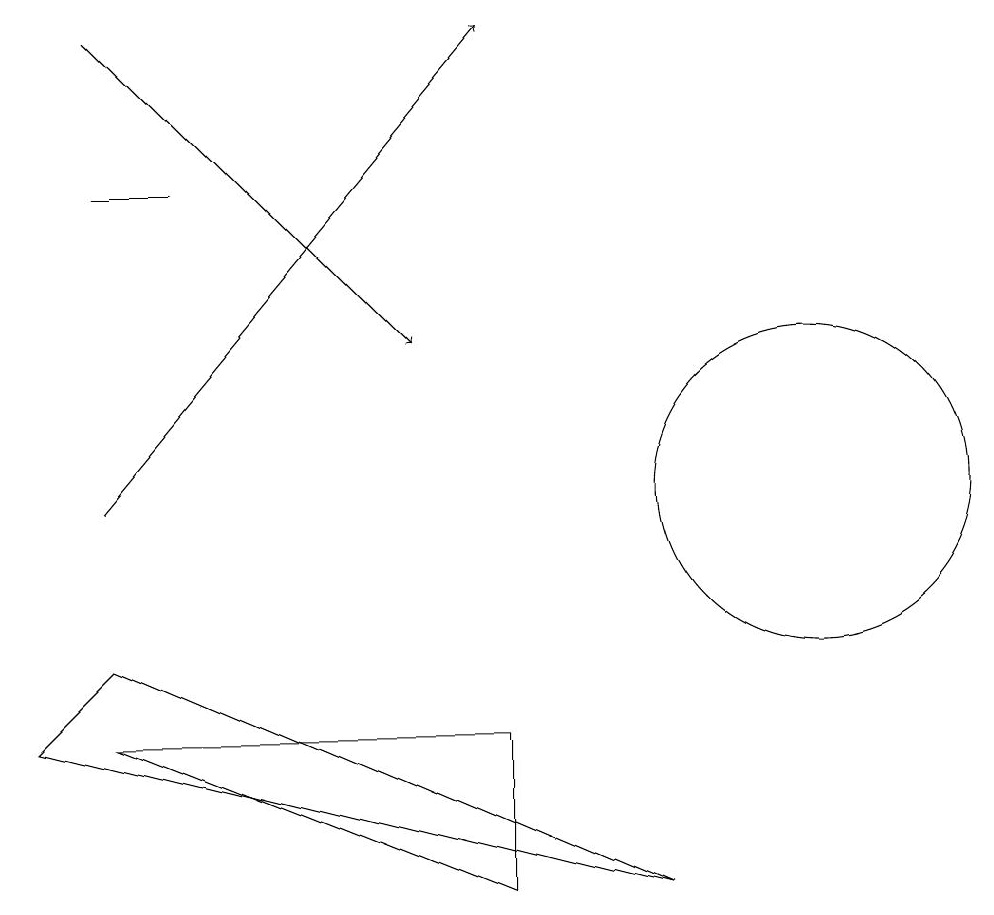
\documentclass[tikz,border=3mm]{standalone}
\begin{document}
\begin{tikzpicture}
\draw (6,7) -- (6,5) -- (1,7) -- cycle;
\draw[->] (1,10) -- (6,16);
\draw[->] (1,16) -- (5,12);
\draw (1,14) rectangle (2,14);
\draw (10,10) circle (2);
\draw (8,5) -- (1,8) -- (0,7) -- cycle;
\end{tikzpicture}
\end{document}